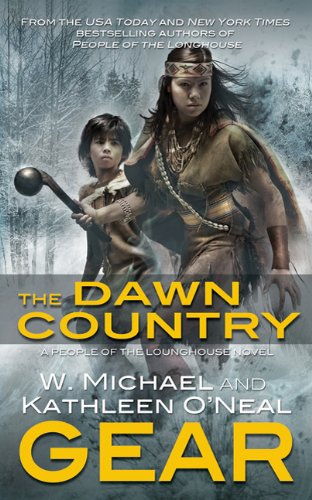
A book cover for The Dawn Country (People of the Longhouse, Book 2); W. Michael Gear; Literature & Fiction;